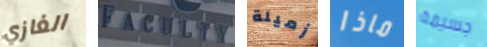
الغازي FACULTY زميلة ماذا جسيمة